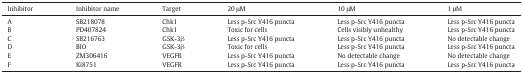
<table><thead><tr><td><b>Inhibitor</b></td><td><b>Inhibitor name</b></td><td><b>Target</b></td><td><b>20 μM</b></td><td><b>10 μM</b></td><td><b>1 μM</b></td></tr></thead><tbody><tr><td>A</td><td>SB218078</td><td>Chk1</td><td>Less p-Src Y416 puncta</td><td>Less p-Src Y416 puncta</td><td>Less p-Src Y416 puncta</td></tr><tr><td>B</td><td>PD407824</td><td>Chk1</td><td>Toxic for cells</td><td>Cells visibly unhealthy</td><td>Less p-Src Y416 puncta</td></tr><tr><td>C</td><td>SB216763</td><td>GSK-3β</td><td>Less p-Src Y416 puncta</td><td>Less p-Src Y416 puncta</td><td>No detectable change</td></tr><tr><td>D</td><td>BIO</td><td>GSK-3β</td><td>Toxic for cells</td><td>Less p-Src Y416 puncta</td><td>Less p-Src Y416 puncta</td></tr><tr><td>E</td><td>ZM306416</td><td>VEGFR</td><td>Less p-Src Y416 puncta</td><td>No detectable change</td><td>No detectable change</td></tr><tr><td>F</td><td>Ki8751</td><td>VEGFR</td><td>Less p-Src Y416 puncta</td><td>Less p-Src Y416 puncta</td><td>Less p-Src Y416 puncta</td></tr></tbody></table>